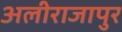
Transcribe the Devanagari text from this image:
अलीराजापुर